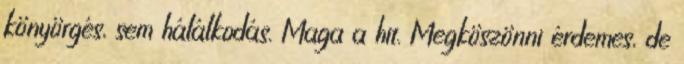
könyörgés, sem hálálkodás. Maga a hit. Megköszönni érdemes, de